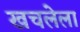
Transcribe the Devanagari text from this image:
खचलेला